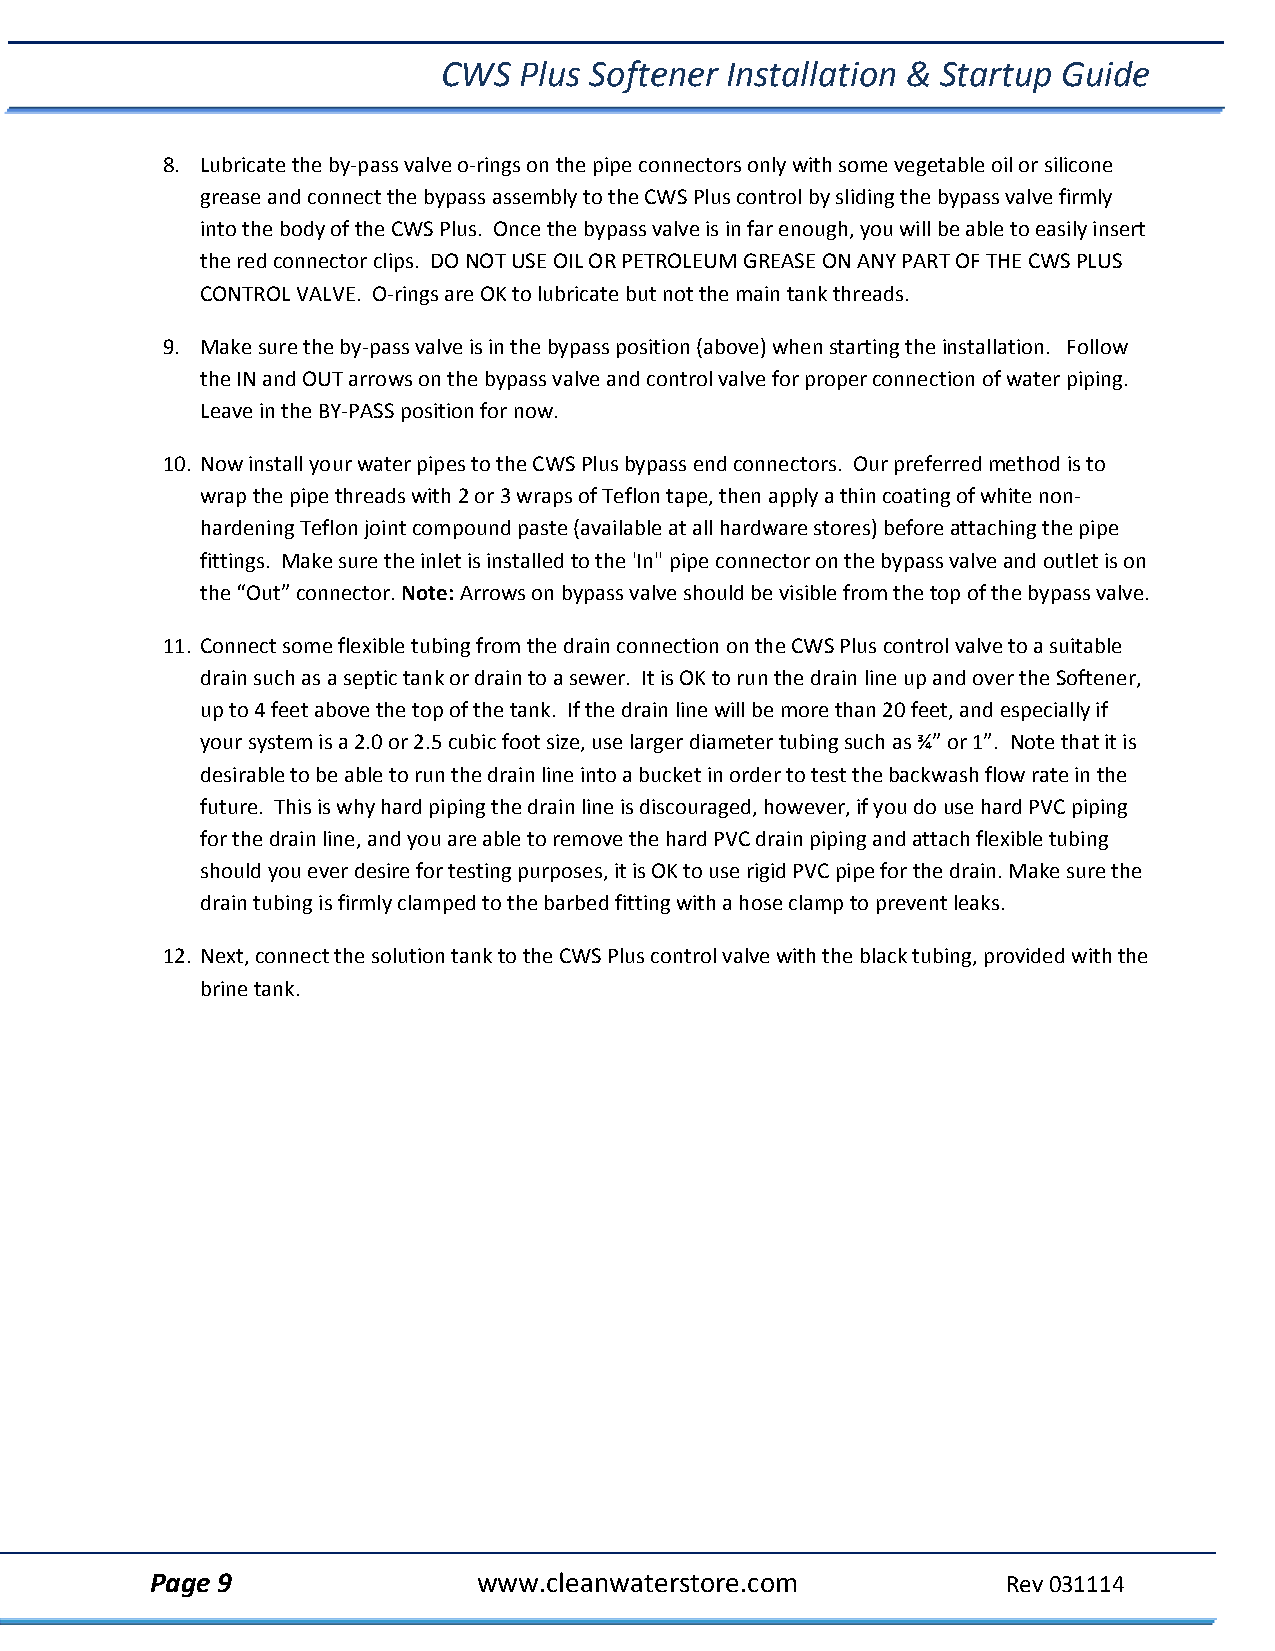
CWS  Plus Softener Installation & Startup Guide
 8. Lubricate the by‐pass valve o‐rings on the pipe connectors only with some vegetable oil or silicone
 grease and connect the bypass assembly to the CWS Plus control by sliding the bypass valve firmly
 into the body of the CWS Plus. Once the bypass valve is in far enough, you will be able to easily insert
 the red connector clips. DO NOT USE OIL OR PETROLEUM GREASE ON ANY PART OF THE CWS PLUS
 CONTROL VALVE. O‐rings are OK to lubricate but not the main tank threads.
 9. Make sure the by‐pass valve is in the bypass position (above) when starting the installation. Follow
 the IN and OUT arrows on the bypass valve and control valve for proper connection of water piping.
 Leave in the BY‐PASS position for now.
 10. Now install your water pipes to the CWS Plus bypass end connectors. Our preferred method is to
 wrap the pipe threads with 2 or 3 wraps of Teflon tape, then apply a thin coating of white non‐
 hardening Teflon joint compound paste (available at all hardware stores) before attaching the pipe
 fittings. Make sure the inlet is installed to the 'In" pipe connector on the bypass valve and outlet is on
 the “Out” connector. Note: Arrows on bypass valve should be visible from the top of the bypass valve.
 11. Connect some flexible tubing from the drain connection on the CWS Plus control valve to a suitable
 drain such as a septic tank or drain to a sewer. It is OK to run the drain line up and over the Softener,
 up to 4 feet above the top of the tank. If the drain line will be more than 20 feet, and especially if
 your system is a 2.0 or 2.5 cubic foot size, use larger diameter tubing such as ¾” or 1”. Note that it is
 desirable to be able to run the drain line into a bucket in order to test the backwash flow rate in the
 future. This is why hard piping the drain line is discouraged, however, if you do use hard PVC piping
 for the drain line, and you are able to remove the hard PVC drain piping and attach flexible tubing
 should you ever desire for testing purposes, it is OK to use rigid PVC pipe for the drain. Make sure the
 drain tubing is firmly clamped to the barbed fitting with a hose clamp to prevent leaks.
 12. Next, connect the solution tank to the CWS Plus control valve with the black tubing, provided with the
 brine tank.
 Page 9                www.cleanwaterstore.com            Rev 031114